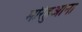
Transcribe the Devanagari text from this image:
मरिहुआना